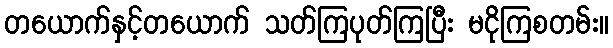
တယောက်နှင့်တယောက် သတ်ကြပုတ်ကြပြီး မငိုကြစတမ်း။